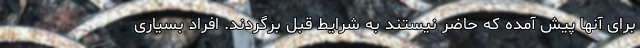
برای آنها پیش آمده که حاضر نیستند به شرایط قبل برگردند. افراد بسیاری